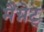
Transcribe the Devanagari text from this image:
मैग्नेट्